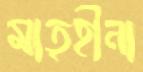
মাতৃহীনা